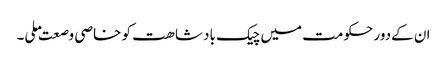
ان کےدور حکومت میں چیک بادشاھت کو خاصی وصعت ملی۔